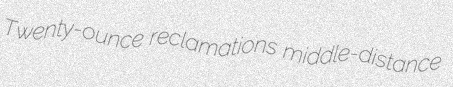
Twenty-ounce reclamations middle-distance